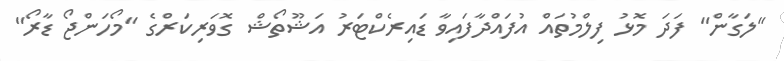
"ލަގާން" ފަދަ މޮޅު ފިލްމުތައް އުފައްދާފައިވާ ޑައިރެކްޓަރު އަޝޫތޯޝް ގޮވަރިކަރްގެ "މޯހަންޖޯ ޑާރޯ"